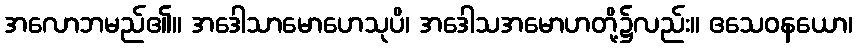
အလောဘမည်၏။ အဒေါသာမောဟေသုပိ၊ အဒေါသအမောဟတို့၌လည်း။ ဧသေဝနယော၊